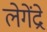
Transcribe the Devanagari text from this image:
लेगेंद्रे